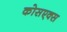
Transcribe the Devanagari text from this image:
कोसएक्स